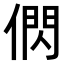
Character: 𬿂